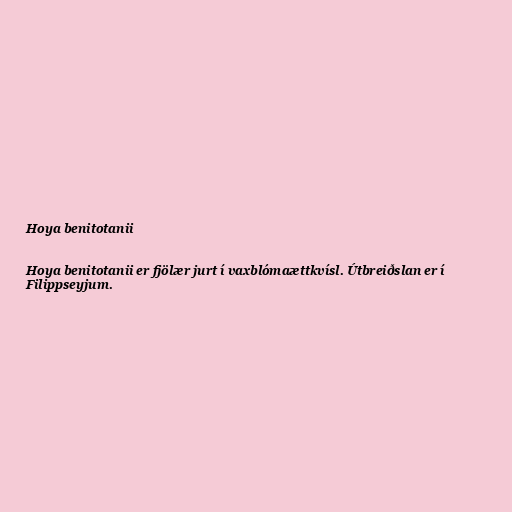
Hoya benitotanii

Hoya benitotanii er fjölær jurt í vaxblómaættkvísl. Útbreiðslan er í
Filippseyjum.